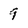
Character: 9